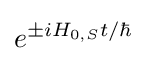
e^{\pm iH_{0,S}t/\hbar }